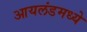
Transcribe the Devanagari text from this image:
आयलंडमध्ये